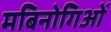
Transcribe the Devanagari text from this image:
मबिनोगिओं